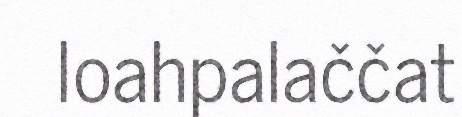
loahpalaččat